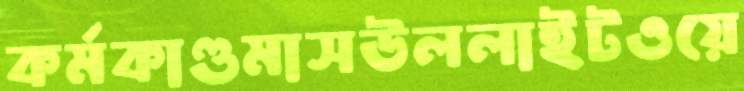
কর্মকাণ্ডমাসউললাইটওয়ে